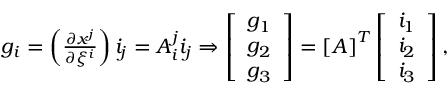
\begin{array} { r } { \boldsymbol { g _ { i } } = \left( \frac { \partial x ^ { j } } { \partial \xi ^ { i } } \right) \boldsymbol { i _ { j } } = A _ { i } ^ { j } \boldsymbol { i _ { j } } \Rightarrow \left[ \begin{array} { l } { \boldsymbol { g _ { 1 } } } \\ { \boldsymbol { g _ { 2 } } } \\ { \boldsymbol { g _ { 3 } } } \end{array} \right] = \left[ \boldsymbol { A } \right] ^ { T } \left[ \begin{array} { l } { \boldsymbol { i _ { 1 } } } \\ { \boldsymbol { i _ { 2 } } } \\ { \boldsymbol { i _ { 3 } } } \end{array} \right] , } \end{array}